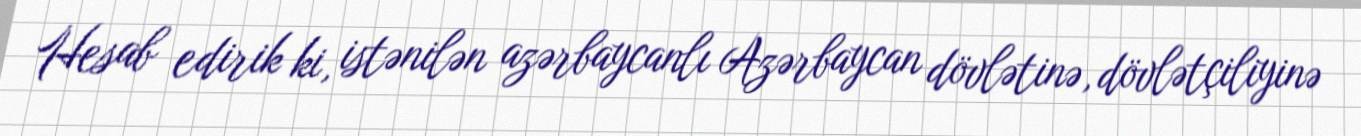
Hesab edirik ki, istənilən azərbaycanlı Azərbaycan dövlətinə, dövlətçiliyinə